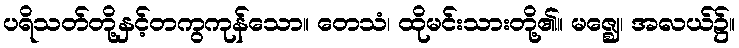
ပရိသတ်တို့နှင့်တကွကုန်သော။ တေသံ၊ ထိုမင်းသားတို့၏။ မဇ္ဈေ၊ အလယ်၌။